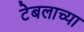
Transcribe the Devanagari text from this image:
टेबलाच्या